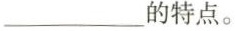
的特点。